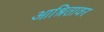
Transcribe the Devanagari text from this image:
आश्रितावर